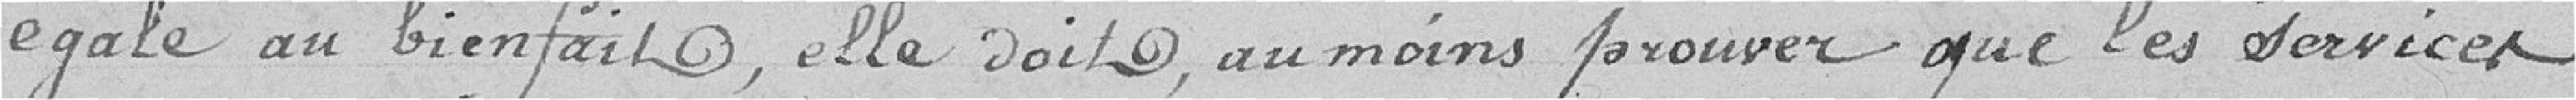
égale au bienfait, elle doit au moins prouver que les services